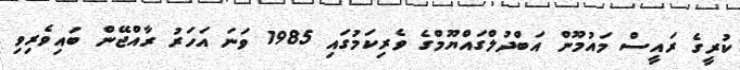
ކުރީގެ ރައީސް މައުމޫން އަބްދުލްގައްޔޫމްގެ ވެރިކަމުގައި 1985 ވަނަ އަހަރު ރާއްޖޭން ބައިވެރިވި